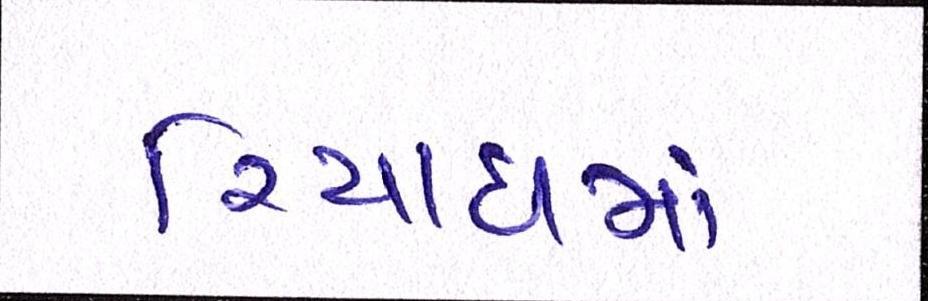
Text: રિયાધમાં